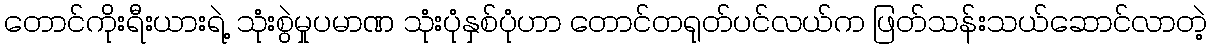
တောင်ကိုးရီးယားရဲ့ သုံးစွဲမှုပမာဏ သုံးပုံနှစ်ပုံဟာ တောင်တရုတ်ပင်လယ်က ဖြတ်သန်းသယ်ဆောင်လာတဲ့